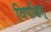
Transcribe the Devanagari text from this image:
विपश्चित्‌